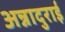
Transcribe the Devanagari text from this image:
अन्नादुराई